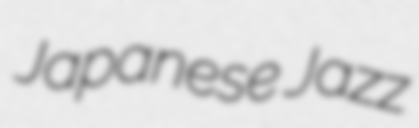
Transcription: Japanese Jazz